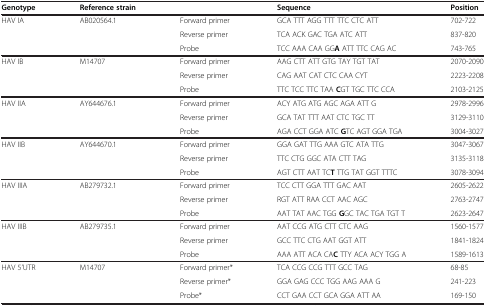
<table><thead><tr><td><b>Genotype</b></td><td><b>Reference strain</b></td><td></td><td><b>Sequence</b></td><td><b>Position</b></td></tr></thead><tbody><tr><td rowspan="3">HAV IA</td><td rowspan="3">AB020564.1</td><td>Forward primer</td><td>GCA TTT AGG TTT TTC CTC ATT</td><td>702-722</td></tr><tr><td>Reverse primer</td><td>TCA ACK GAC TGA ATC ATT</td><td>837-820</td></tr><tr><td>Probe</td><td>TCC AAA CAA GG<b>A</b> ATT TTC CAG AC</td><td>743-765</td></tr><tr><td rowspan="3">HAV IB</td><td rowspan="3">M14707</td><td>Forward primer</td><td>AAG CTT ATT GTG TAY TGT TAT</td><td>2070-2090</td></tr><tr><td>Reverse primer</td><td>CAG AAT CAT CTC CAA CYT</td><td>2223-2208</td></tr><tr><td>Probe</td><td>TTC TCC TTC TAA <b>C</b>GT TGC TTC CCA</td><td>2103-2125</td></tr><tr><td rowspan="3">HAV IIA</td><td rowspan="3">AY644676.1</td><td>Forward primer</td><td>ACY ATG ATG AGC AGA ATT G</td><td>2978-2996</td></tr><tr><td>Reverse primer</td><td>GCA TAT TTT AAT CTC TGC TT</td><td>3129-3110</td></tr><tr><td>Probe</td><td>AGA CCT GGA ATC <b>G</b>TC AGT GGA TGA</td><td>3004-3027</td></tr><tr><td rowspan="3">HAV IIB</td><td rowspan="3">AY644670.1</td><td>Forward primer</td><td>GGA GAT TTG AAA GTC ATA TTG</td><td>3047-3067</td></tr><tr><td>Reverse primer</td><td>TTC CTG GGC ATA CTT TAG</td><td>3135-3118</td></tr><tr><td>Probe</td><td>AGT CTT AAT TC<b>T</b> TTG TAT GGT TTTC</td><td>3078-3094</td></tr><tr><td rowspan="3">HAV IIIA</td><td rowspan="3">AB279732.1</td><td>Forward primer</td><td>TCC CTT GGA TTT GAC AAT</td><td>2605-2622</td></tr><tr><td>Reverse primer</td><td>RGT ATT RAA CCT AAC AGC</td><td>2763-2747</td></tr><tr><td>Probe</td><td>AAT TAT AAC TGG <b>G</b>GC TAC TGA TGT T</td><td>2623-2647</td></tr><tr><td rowspan="3">HAV IIIB</td><td rowspan="3">AB279735.1</td><td>Forward primer</td><td>AAT CCG ATG CTT CTC AAG</td><td>1560-1577</td></tr><tr><td>Reverse primer</td><td>GCC TTC CTG AAT GGT ATT</td><td>1841-1824</td></tr><tr><td>Probe</td><td>AAA ATT ACA CA<b>C</b> TTY ACA ACY TGG A</td><td>1589-1613</td></tr><tr><td rowspan="3">HAV 5’UTR</td><td rowspan="3">M14707</td><td>Forward primer*</td><td>TCA CCG CCG TTT GCC TAG</td><td>68-85</td></tr><tr><td>Reverse primer*</td><td>GGA GAG CCC TGG AAG AAA G</td><td>241-223</td></tr><tr><td>Probe*</td><td>CCT GAA CCT GCA GGA ATT AA</td><td>169-150</td></tr></tbody></table>